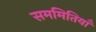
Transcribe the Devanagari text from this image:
सममितियाँ